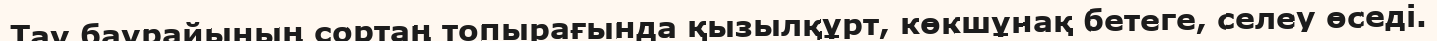
Тау баурайының сортаң топырағында қызылқұрт, көкшұнақ бетеге, селеу өседі.